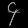
Digit: ၄